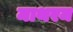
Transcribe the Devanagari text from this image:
माथरम